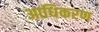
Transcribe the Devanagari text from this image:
आधिकरण